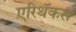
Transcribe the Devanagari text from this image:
एरिथॅकस